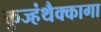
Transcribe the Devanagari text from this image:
कुज्हंथैक्कागा